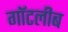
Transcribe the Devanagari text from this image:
गॉटलीब